Kominterni_Eesti_sektsioon_Moskvas, lk 33
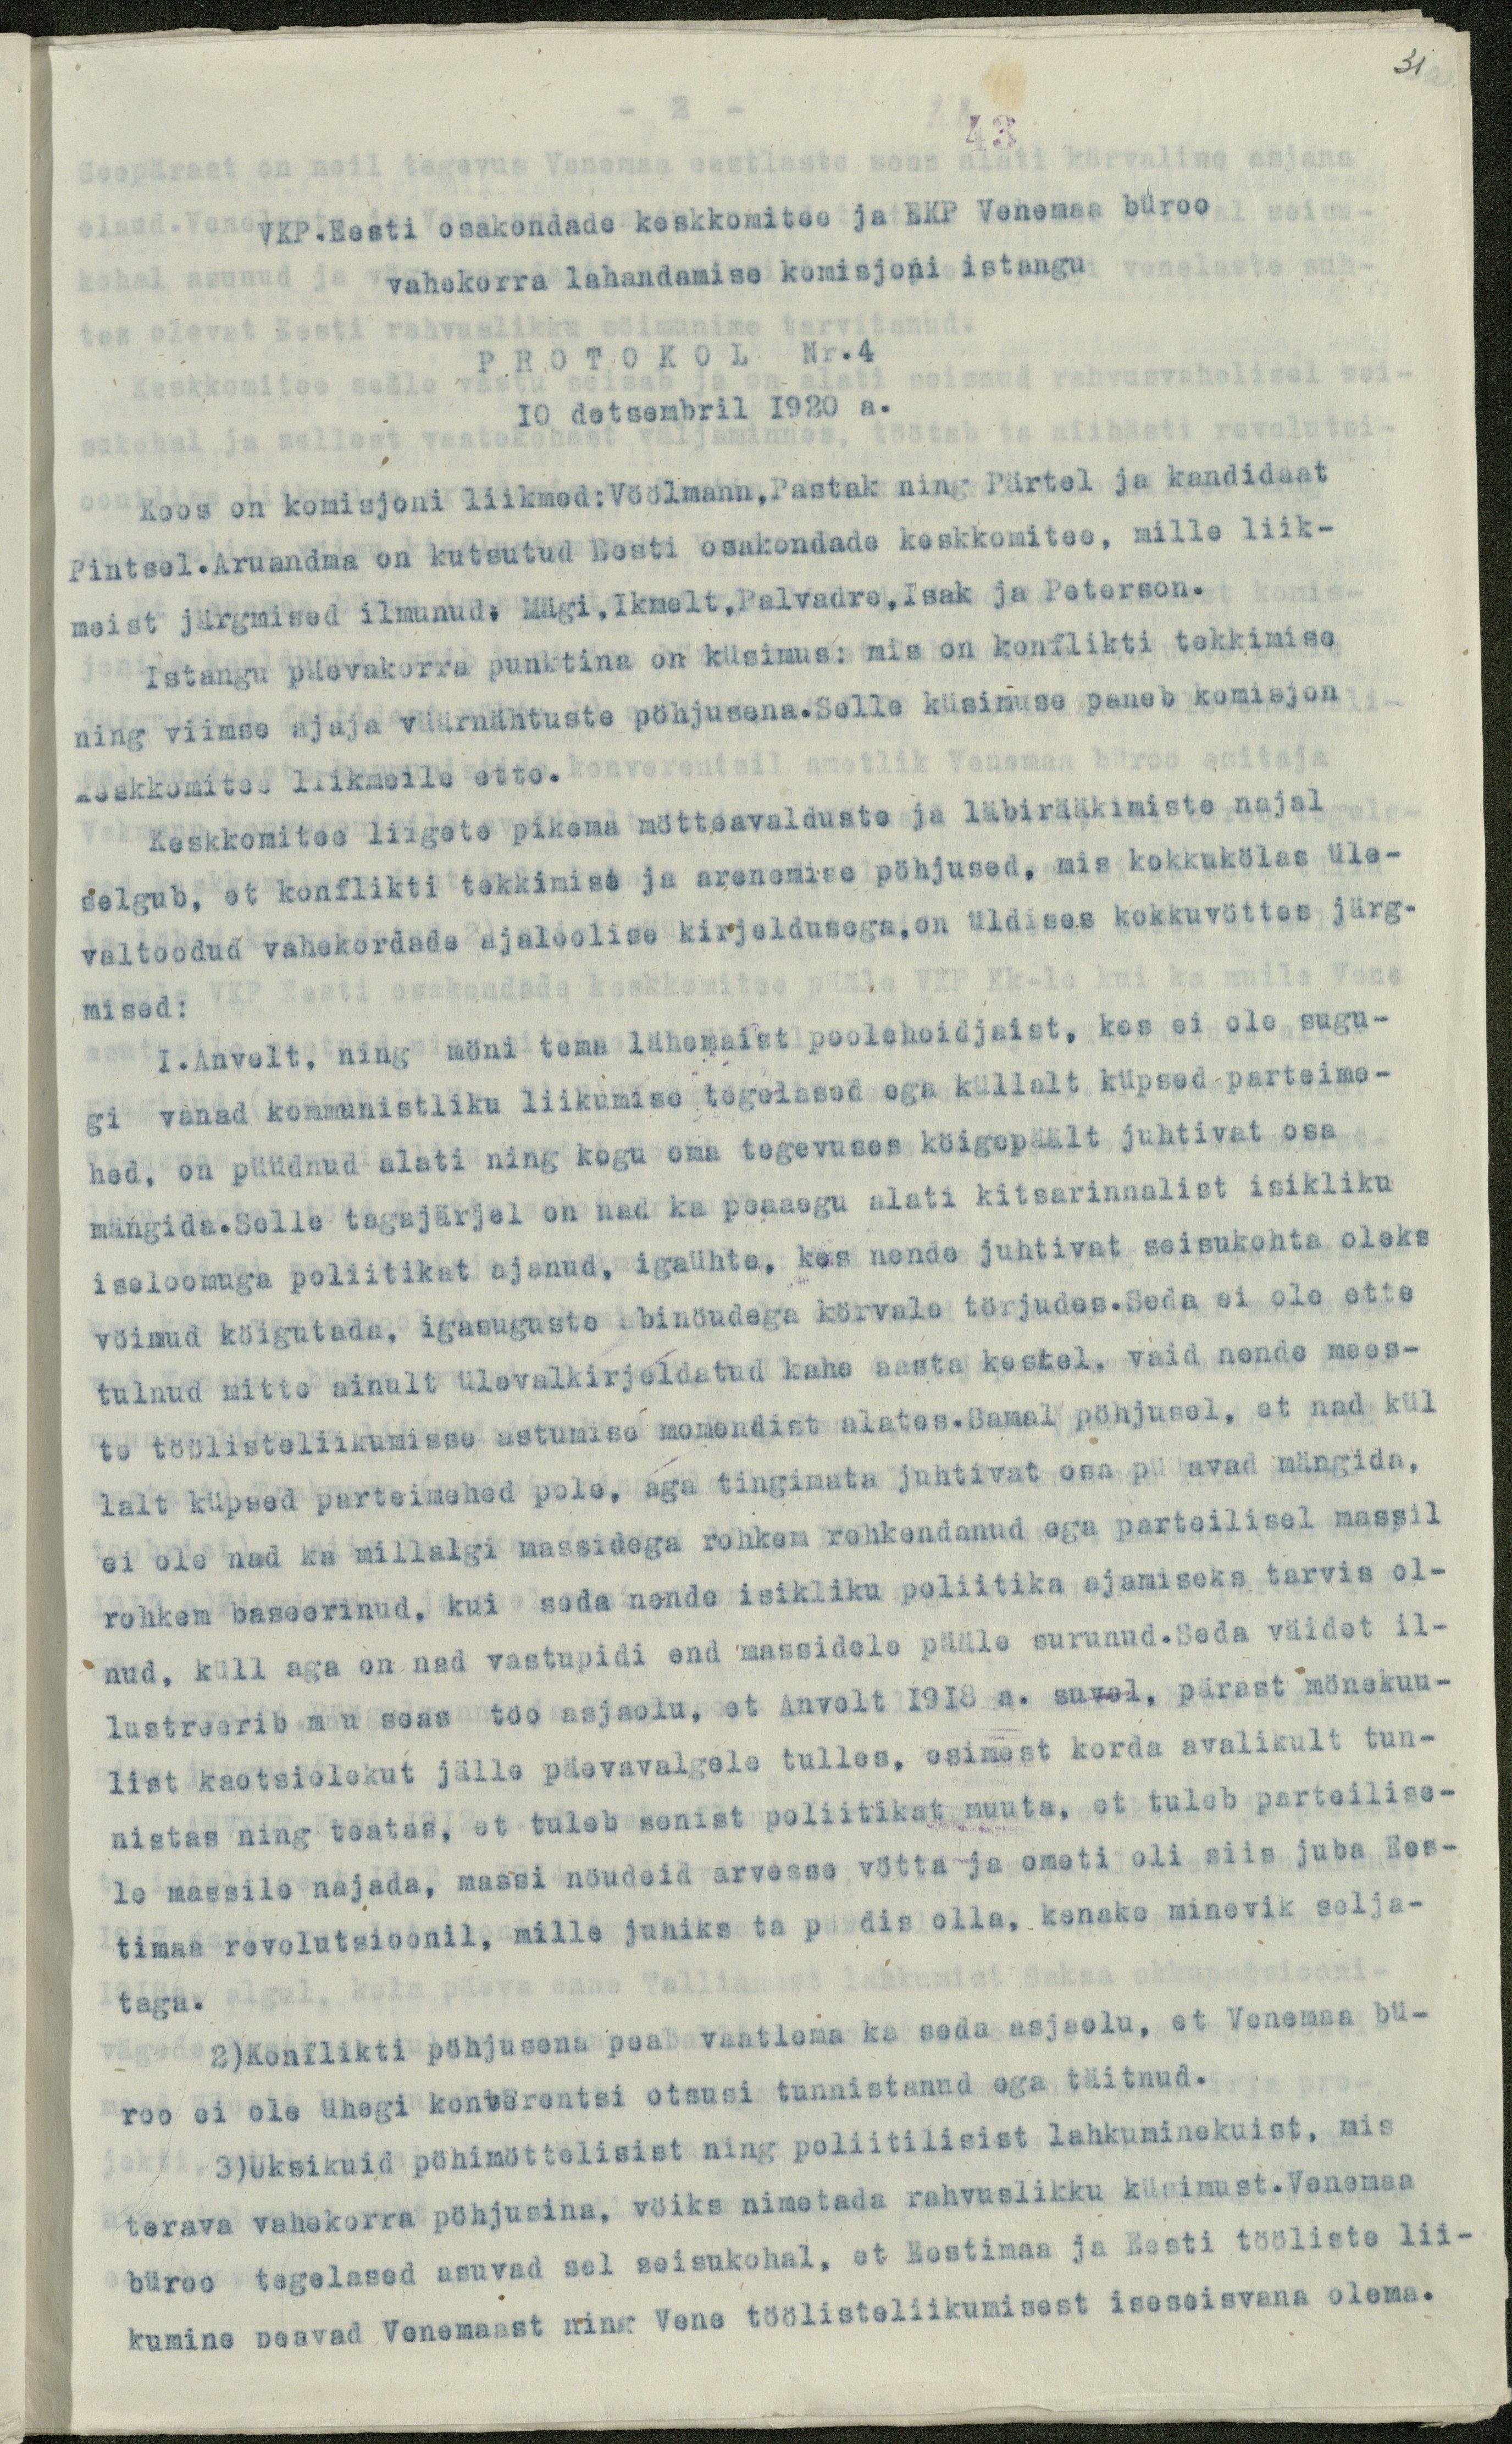
31

VKP.Eesti osakondade keskkomitee ja EKP Venemaa büroo
vahekorra lahandamise komisjoni istangu
PROTOKOL Nr.4
10 detsembril 1920 a.
Koos on komisjoni liikmed: Vöölmann, Pastak ning Pärtel ja kandidaat
Pintsel.Aruandma on kutsutud Eesti osakondade keskkomitee, mille liik-
meist järgmised ilmunud: Mägi, Ikmelt, Palvadre, Isak ja Peterson.
Istangu päevakorra punktina on küsimus: mis on konflikti tekkimise
ning viimse ajaja väärnähtuste pöhjusena.Selle küsimuse paneb komisjon
keskkomitee liikmeile ette.
Keskkomitee liigete pikema mötteavalduste ja läbirääkimiste najal
selgub, et konflikti tekkimise ja arenemise pöhjused, mis kokkukölas üle-
valtoodud vahekordade ajaloolise kirjeldusega, on üldises kokkuvöttes järg-
mised:
1.Anvelt, ning möni tema lähemaist poolehoidjalist, kes ei ole sugu-
gi vanad kommunistliku liikumise tegelased ega küllalt küpsed parteime-
hed, on püüdnud alati ning kogu oma tegevuses köigepäält juhtivat osa
mängida.Selle tagajärjel on nad ka peaaegu alati kitsarinnalist isikliku
iseloomuga poliitikat ajanud, igaühte, kes nende juhtivat seisukohta oleks
vöinud köigutada, igasuguste abinöudega körvale törjudes.Seda ei ole ette
tulnud mitte ainult ülevalkirjeldatud kahe aasta kestel, vaid nende mees-
te töölistelikumisse astumise momendist alates.Samal pöhjusel, et nad kül
lalt küpsed parteimehed pole, aga tingimata juhtivat osa püüavad mängida,
ei ole nad ka millalgi massidega rohkem rehkendanud ega parteilisel massil
rohkem baseerinud, kui seda nende isikliku poliitika ajamiseks tarvis ol-
nud, küll aga on nad vastupidi end massidele pääle surunud.Seda väidet il-
lustreerib muu seas too asjaolu, et Anvelt 1918 a. suvel, pärast mönekuu-
list kaotsiolekut jälle päevavalgele tulles, esimest korda avalikult tun-
nistas ning teatas, et tuleb senist poliitikat muuta, et tuleb parteilise-
le massile najada, massi nöudeid arvesse vötta ja ometi oli siis juba Ees-
timaa revolutsioonil, mille juhiks ta püüdis olla, kenake minevik selja-
taga.
2)Konflikti pöhjusena peab vaatlema ka seda asjaolu, et Venemaa bü-
roo ei ole ühegi konverentsi otsusi tunnistanud ega täitnud.
3)Uksikuid pöhimöttelisist ning poliitilisist lahkuminekuist, mis
terava vahekorra pöhjusina, vöiks nimetada rahvuslikku küsimust.Venemaa
büroo tegelased asuvad sel seisukohal, et Eestimaa ja Eesti tööliste lii-
kumine peavad Venemaast ning Vene töölistelikumisest iseseisvana olema.